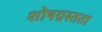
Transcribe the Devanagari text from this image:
शोषग्रस्तता